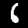
Digit: 6